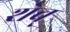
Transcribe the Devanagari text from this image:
शेव्